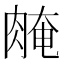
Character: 𦜽